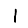
Digit: 1